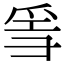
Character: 𤔌